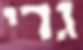
גדי